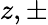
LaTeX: z,\pm